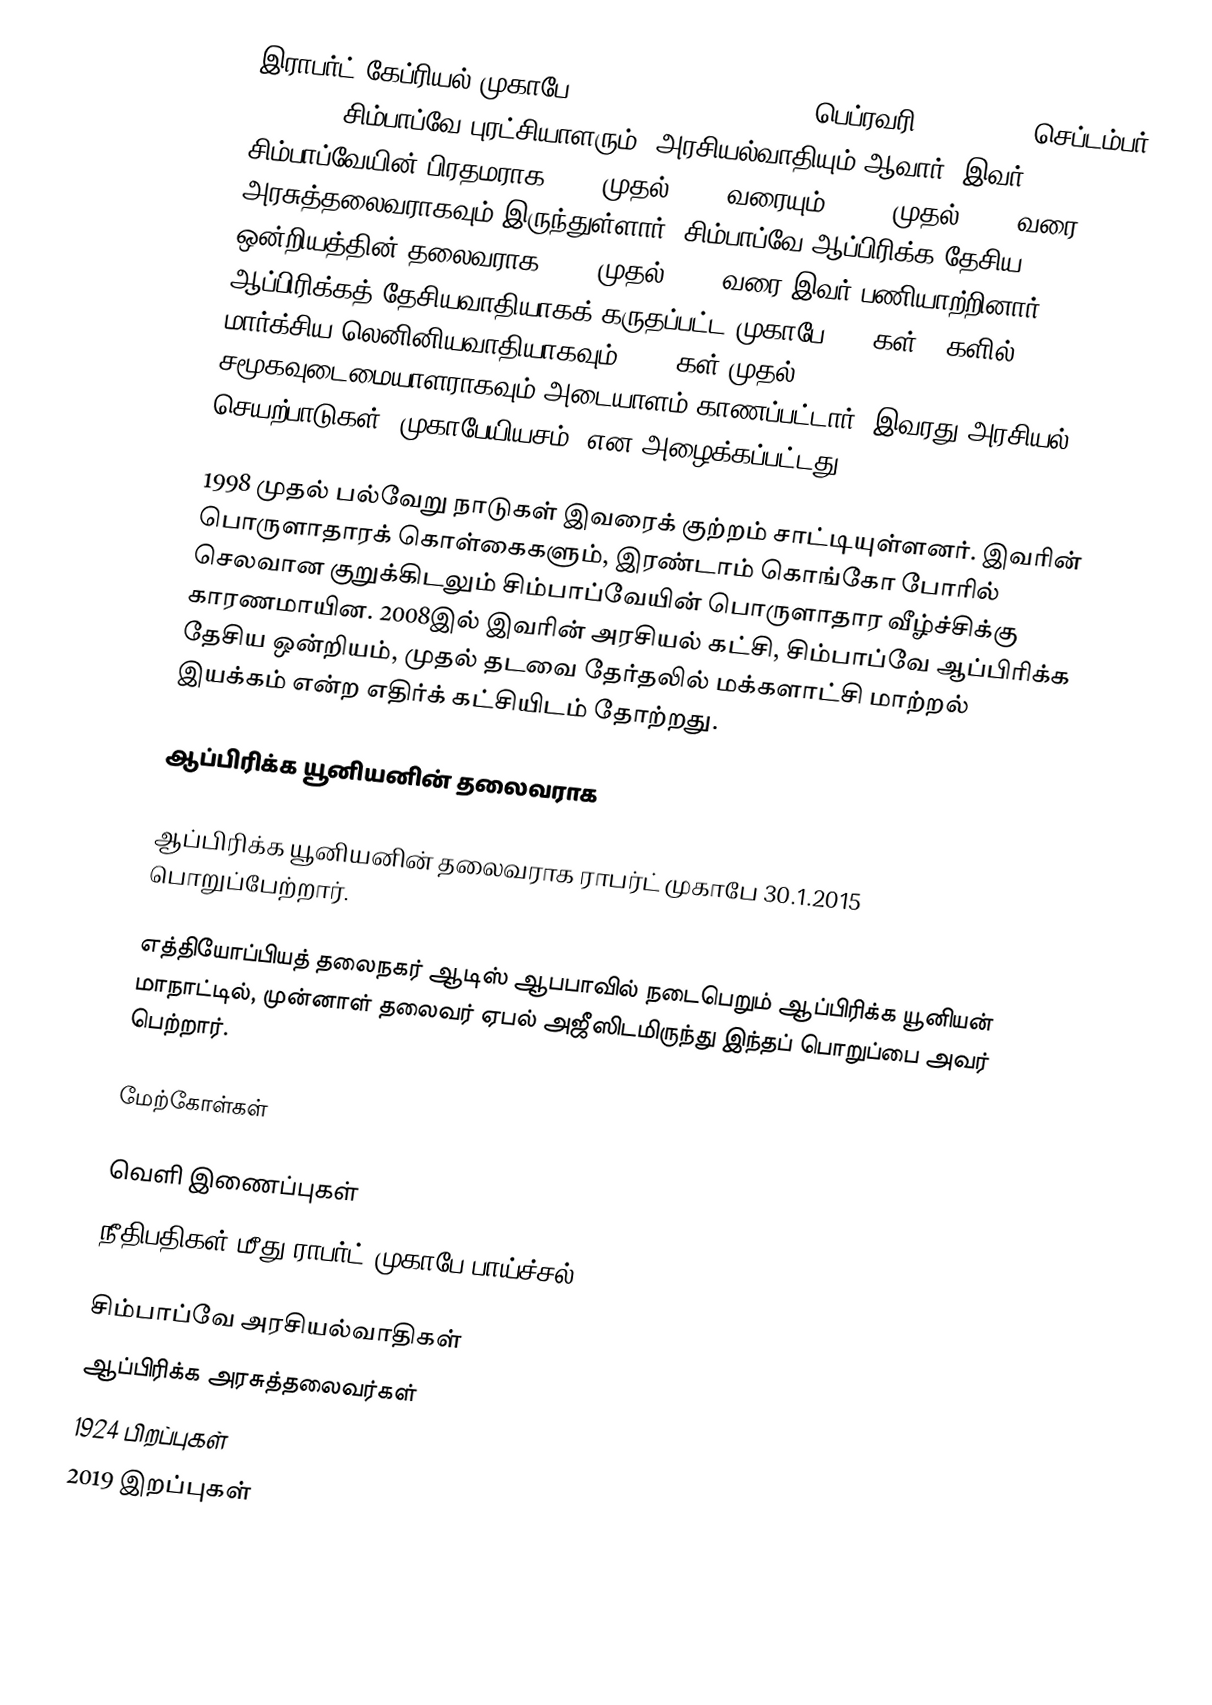
இராபர்ட் கேப்ரியல் முகாபே (Robert Gabriel Mugabe, பெப்ரவரி 21, 1924 – செப்டம்பர் 6, 2019) சிம்பாப்வே புரட்சியாளரும், அரசியல்வாதியும் ஆவார். இவர் சிம்பாப்வேயின் பிரதமராக 1980 முதல் 1987 வரையும், 1987 முதல்  2007 வரை அரசுத்தலைவராகவும் இருந்துள்ளார். சிம்பாப்வே ஆப்பிரிக்க தேசிய ஒன்றியத்தின் தலைவராக 1975 முதல் 2017 வரை இவர் பணியாற்றினார். ஆப்பிரிக்கத் தேசியவாதியாகக் கருதப்பட்ட முகாபே 1970கள்-80களில் மார்க்சிய-லெனினியவாதியாகவும், 1990கள் முதல் சமூகவுடைமையாளராகவும் அடையாளம் காணப்பட்டார். இவரது அரசியல் செயற்பாடுகள் "முகாபேயியசம்" என அழைக்கப்பட்டது.

1998 முதல் பல்வேறு நாடுகள் இவரைக் குற்றம் சாட்டியுள்ளனர். இவரின் பொருளாதாரக் கொள்கைகளும், இரண்டாம் கொங்கோ போரில் செலவான குறுக்கிடலும் சிம்பாப்வேயின்  பொருளாதார வீழ்ச்சிக்கு காரணமாயின. 2008இல் இவரின் அரசியல் கட்சி, சிம்பாப்வே ஆப்பிரிக்க தேசிய ஒன்றியம், முதல் தடவை தேர்தலில் மக்களாட்சி மாற்றல் இயக்கம் என்ற எதிர்க் கட்சியிடம் தோற்றது.

ஆப்பிரிக்க யூனியனின் தலைவராக

ஆப்பிரிக்க யூனியனின் தலைவராக ராபர்ட் முகாபே 30.1.2015 பொறுப்பேற்றார்.

எத்தியோப்பியத் தலைநகர் ஆடிஸ் ஆபபாவில் நடைபெறும் ஆப்பிரிக்க யூனியன் மாநாட்டில், முன்னாள் தலைவர் ஏபல் அஜீஸிடமிருந்து இந்தப் பொறுப்பை அவர் பெற்றார்.

மேற்கோள்கள்

வெளி இணைப்புகள்
 நீதிபதிகள் மீது ராபர்ட் முகாபே பாய்ச்சல்

சிம்பாப்வே அரசியல்வாதிகள்
ஆப்பிரிக்க அரசுத்தலைவர்கள்
1924 பிறப்புகள்
2019 இறப்புகள்